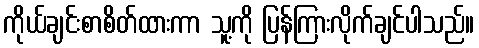
ကိုယ်ချင်းစာစိတ်ထားကာ သူ့ကို ပြန်ကြားလိုက်ချင်ပါသည်။